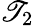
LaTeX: \mathscr{T}_{2}